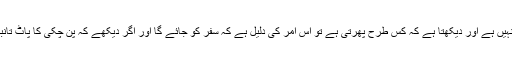
اور اگر پن چکی میں غلہ نہیں ہے اور دیکھتا ہے کہ کس طرح پھرتی ہے تو اس امر کی دلیل ہے کہ سفر کو جائے گا اور اگر دیکھے کہ پن چکی کا پاٹ تانبے یا پیتل یا لوہے کا ہے ۔